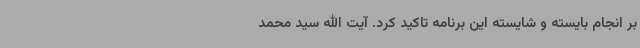
بر انجام بایسته و شایسته این برنامه تاکید کرد. آیت الله سید محمد